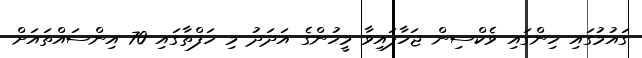
ގައުމުގައި ހިންގައި ވެކްސިން ޖަހާފައިވާ މީހުންގެ އަދަދު މި ހަފްތާގައި 70 އިންސައްތައަށް